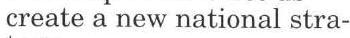
create a new national stra-